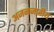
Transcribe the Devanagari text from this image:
अजनजातीय